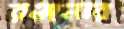
রঞ্জনার